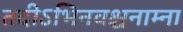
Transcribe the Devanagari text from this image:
तदीऽभिनवश्चनाम्ना